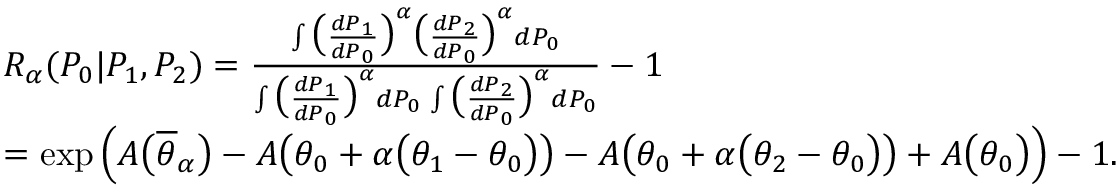
\begin{array} { r l } & { { R _ { \alpha } } ( P _ { 0 } | P _ { 1 } , P _ { 2 } ) = \frac { \int \big ( \frac { d P _ { 1 } } { d P _ { 0 } } \big ) ^ { \alpha } \big ( \frac { d P _ { 2 } } { d P _ { 0 } } \big ) ^ { \alpha } d P _ { 0 } } { \int \big ( \frac { d P _ { 1 } } { d P _ { 0 } } \big ) ^ { \alpha } d P _ { 0 } \, \int \big ( \frac { d P _ { 2 } } { d P _ { 0 } } \big ) ^ { \alpha } d P _ { 0 } } - 1 } \\ & { = \exp \Big ( A \big ( \overline { \theta } _ { \alpha } \big ) - A \big ( \theta _ { 0 } + \alpha \big ( \theta _ { 1 } - \theta _ { 0 } \big ) \big ) - A \big ( \theta _ { 0 } + \alpha \big ( \theta _ { 2 } - \theta _ { 0 } \big ) \big ) + A \big ( \theta _ { 0 } \big ) \Big ) - 1 . } \end{array}